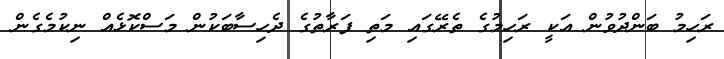
ރަހިމު ބަންދުވުން އަކީ ރަހިމުގެ ތެރޭގައި މަތި ފަރާތުގެ ދެހިސާބަކުން މަސްކޮޅެއް ނިކުމެގެން